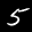
Label: 5